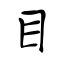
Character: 目